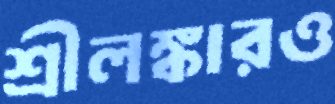
শ্রীলঙ্কারও